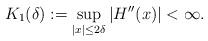
LaTeX: \begin{align*}K_1(\delta) := \sup_{|x| \leq 2\delta} |H''(x)| < \infty.\end{align*}